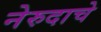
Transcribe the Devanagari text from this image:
नेरुदाचे